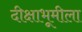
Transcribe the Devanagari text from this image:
दीक्षाभूमीला